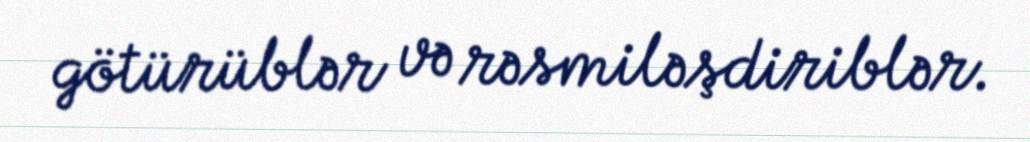
götürüblər və rəsmiləşdiriblər.